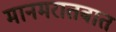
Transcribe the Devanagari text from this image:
मानमरातबात